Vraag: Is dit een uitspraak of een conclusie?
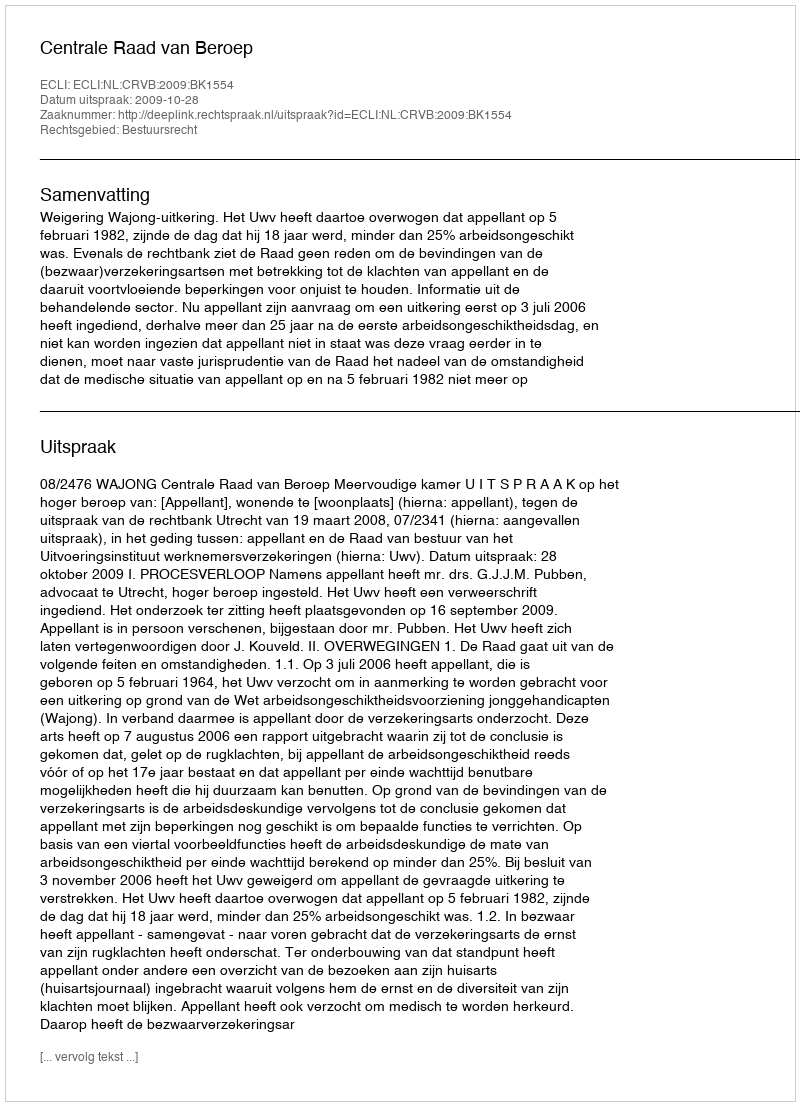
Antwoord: Uitspraak